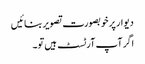
دیوار پر خوبصورت تصویر بنائیں
اگر آپ آرٹسٹ ہیں تو۔